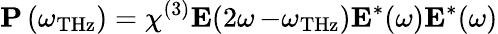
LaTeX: \mathbf{P}\left(\omega_{\mathrm{THz}}\right)=\chi^{(3)}\mathbf{E}(2\omega\left.-\omega_{\mathrm{THz}}\right)\mathbf{E}^{*}(\omega)\mathbf{E}^{*}(\omega)